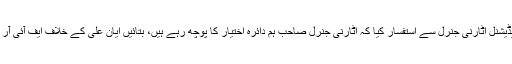
چیف جسٹس نے ایڈیشنل اٹارنی جنرل سے استفسار کیا کہ اٹارنی جنرل صاحب ہم دائرہ اختیار کا پوچھ رہے ہیں، بتائیں ایان علی کے خلاف ایف آئی آر کب درج کی گئی۔